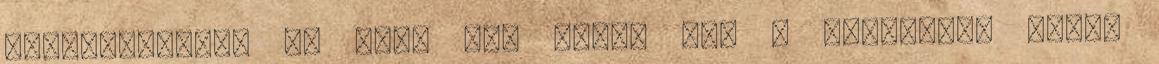
elfelejtette: az alap már benne van a Gödörben, tehát